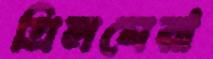
গ্রিলঘেরা